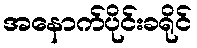
အနောက်ပိုင်းခရိုင်